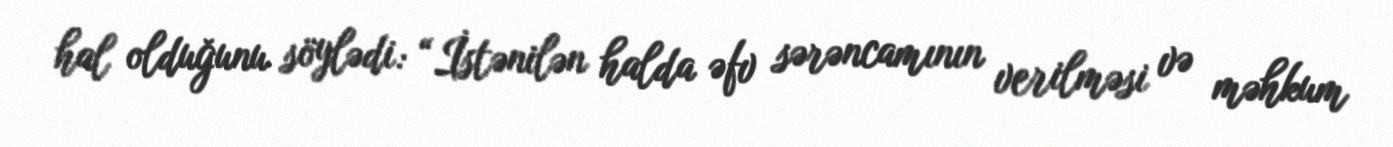
hal olduğunu söylədi: “İstənilən halda əfv sərəncamının verilməsi və məhkum